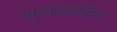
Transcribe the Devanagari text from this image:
अमात्यादींना